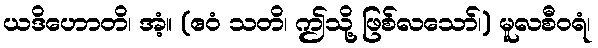
ယဒိဟောတိ၊ အံ့။ (ဧဝံ သတိ၊ ဤသို့ ဖြစ်လသော်၊) မူလစီဝရံ၊